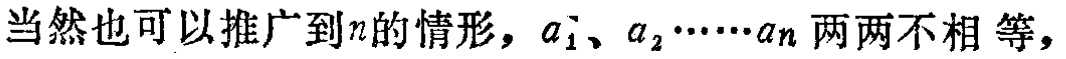
当然也可以推广到\(n\)的情形，\(a_{1}、a_{2}\cdots\cdots a_{n}\)两两不相等，